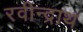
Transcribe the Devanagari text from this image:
रवीन्द्राथ